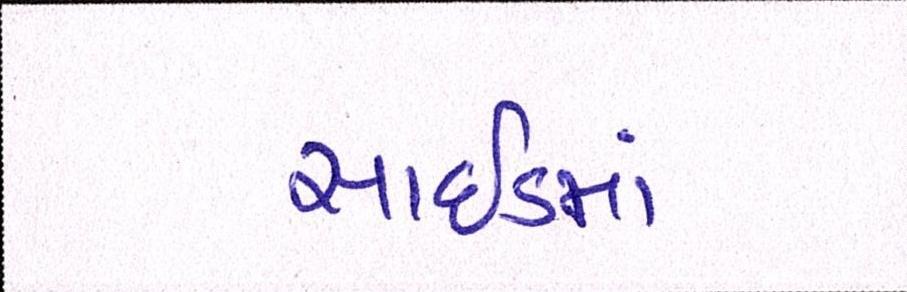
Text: સાઇડમાં